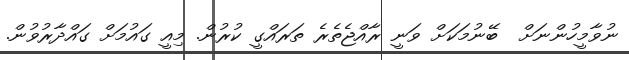
ނުވާމީހުންނަށް  ބޭނުމަކަށް ވަނީ ރާއްޖެތެރެ ތަރައްގީ ކުރުން. މިއީ ގައުމަށް ގައްދާރުވުން.